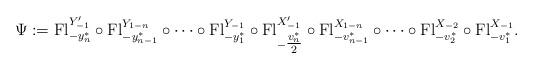
LaTeX: \begin{align*}\Psi:=\mathrm{Fl}_{-y_{n}^*}^{Y_{-1}^\prime}\circ\mathrm{Fl}_{-y_{n-1}^*}^{Y_{1-n}}\circ\cdots\circ\mathrm{Fl}_{-y_1^*}^{Y_{-1}}\circ\mathrm{Fl}_{-\tfrac{v_n^*}{2}}^{X_{-1}^{\prime}}\circ\mathrm{Fl}_{-v_{n-1}^*}^{X_{1-n}}\circ\cdots\circ\mathrm{Fl}_{-v_2^*}^{X_{-2}}\circ\mathrm{Fl}_{-v_1^*}^{X_{-1}}.\end{align*}